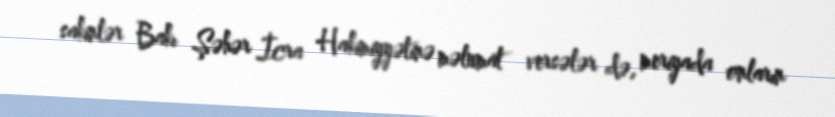
sakinlər Bakı Şəhər İcra Hakimiyyətinə məlumat versələr də, meriyada onların